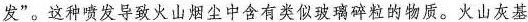
发”。这种喷发导致火山烟尘中含有类似玻璃碎粒的物质。火山灰基